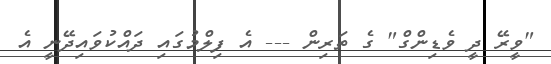
"ވީރޭ ދީ ވެޑިންގް" ގެ ތަރިން --- އެ ފިލްމުގައި ދައްކުވައިދޭނީ އެ